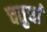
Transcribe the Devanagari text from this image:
चतुर्धा